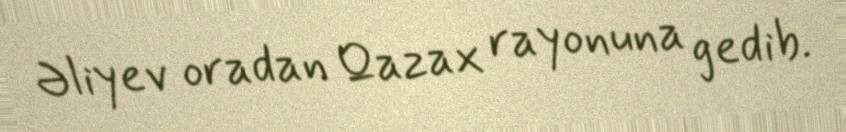
Əliyev oradan Qazax rayonuna gedib.